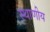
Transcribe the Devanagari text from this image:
स्थाणीय